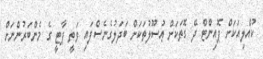
ކުއްލިއަކަށް ޕޮއިންޓް ދޭ ގޮތަކަށް ޢުސޫލުތަކަށް ބަދަލުގެނެސްފައި ވަތީ ޕާޓީ ގެ މެންބަރުންނަށް